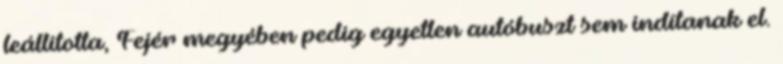
leállította, Fejér megyében pedig egyetlen autóbuszt sem indítanak el.